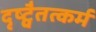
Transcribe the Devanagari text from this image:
दृष्ट्वैतत्कर्म